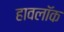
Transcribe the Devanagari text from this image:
हावलॉक